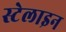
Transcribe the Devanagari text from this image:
स्टेलाइन